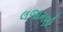
લજામણી